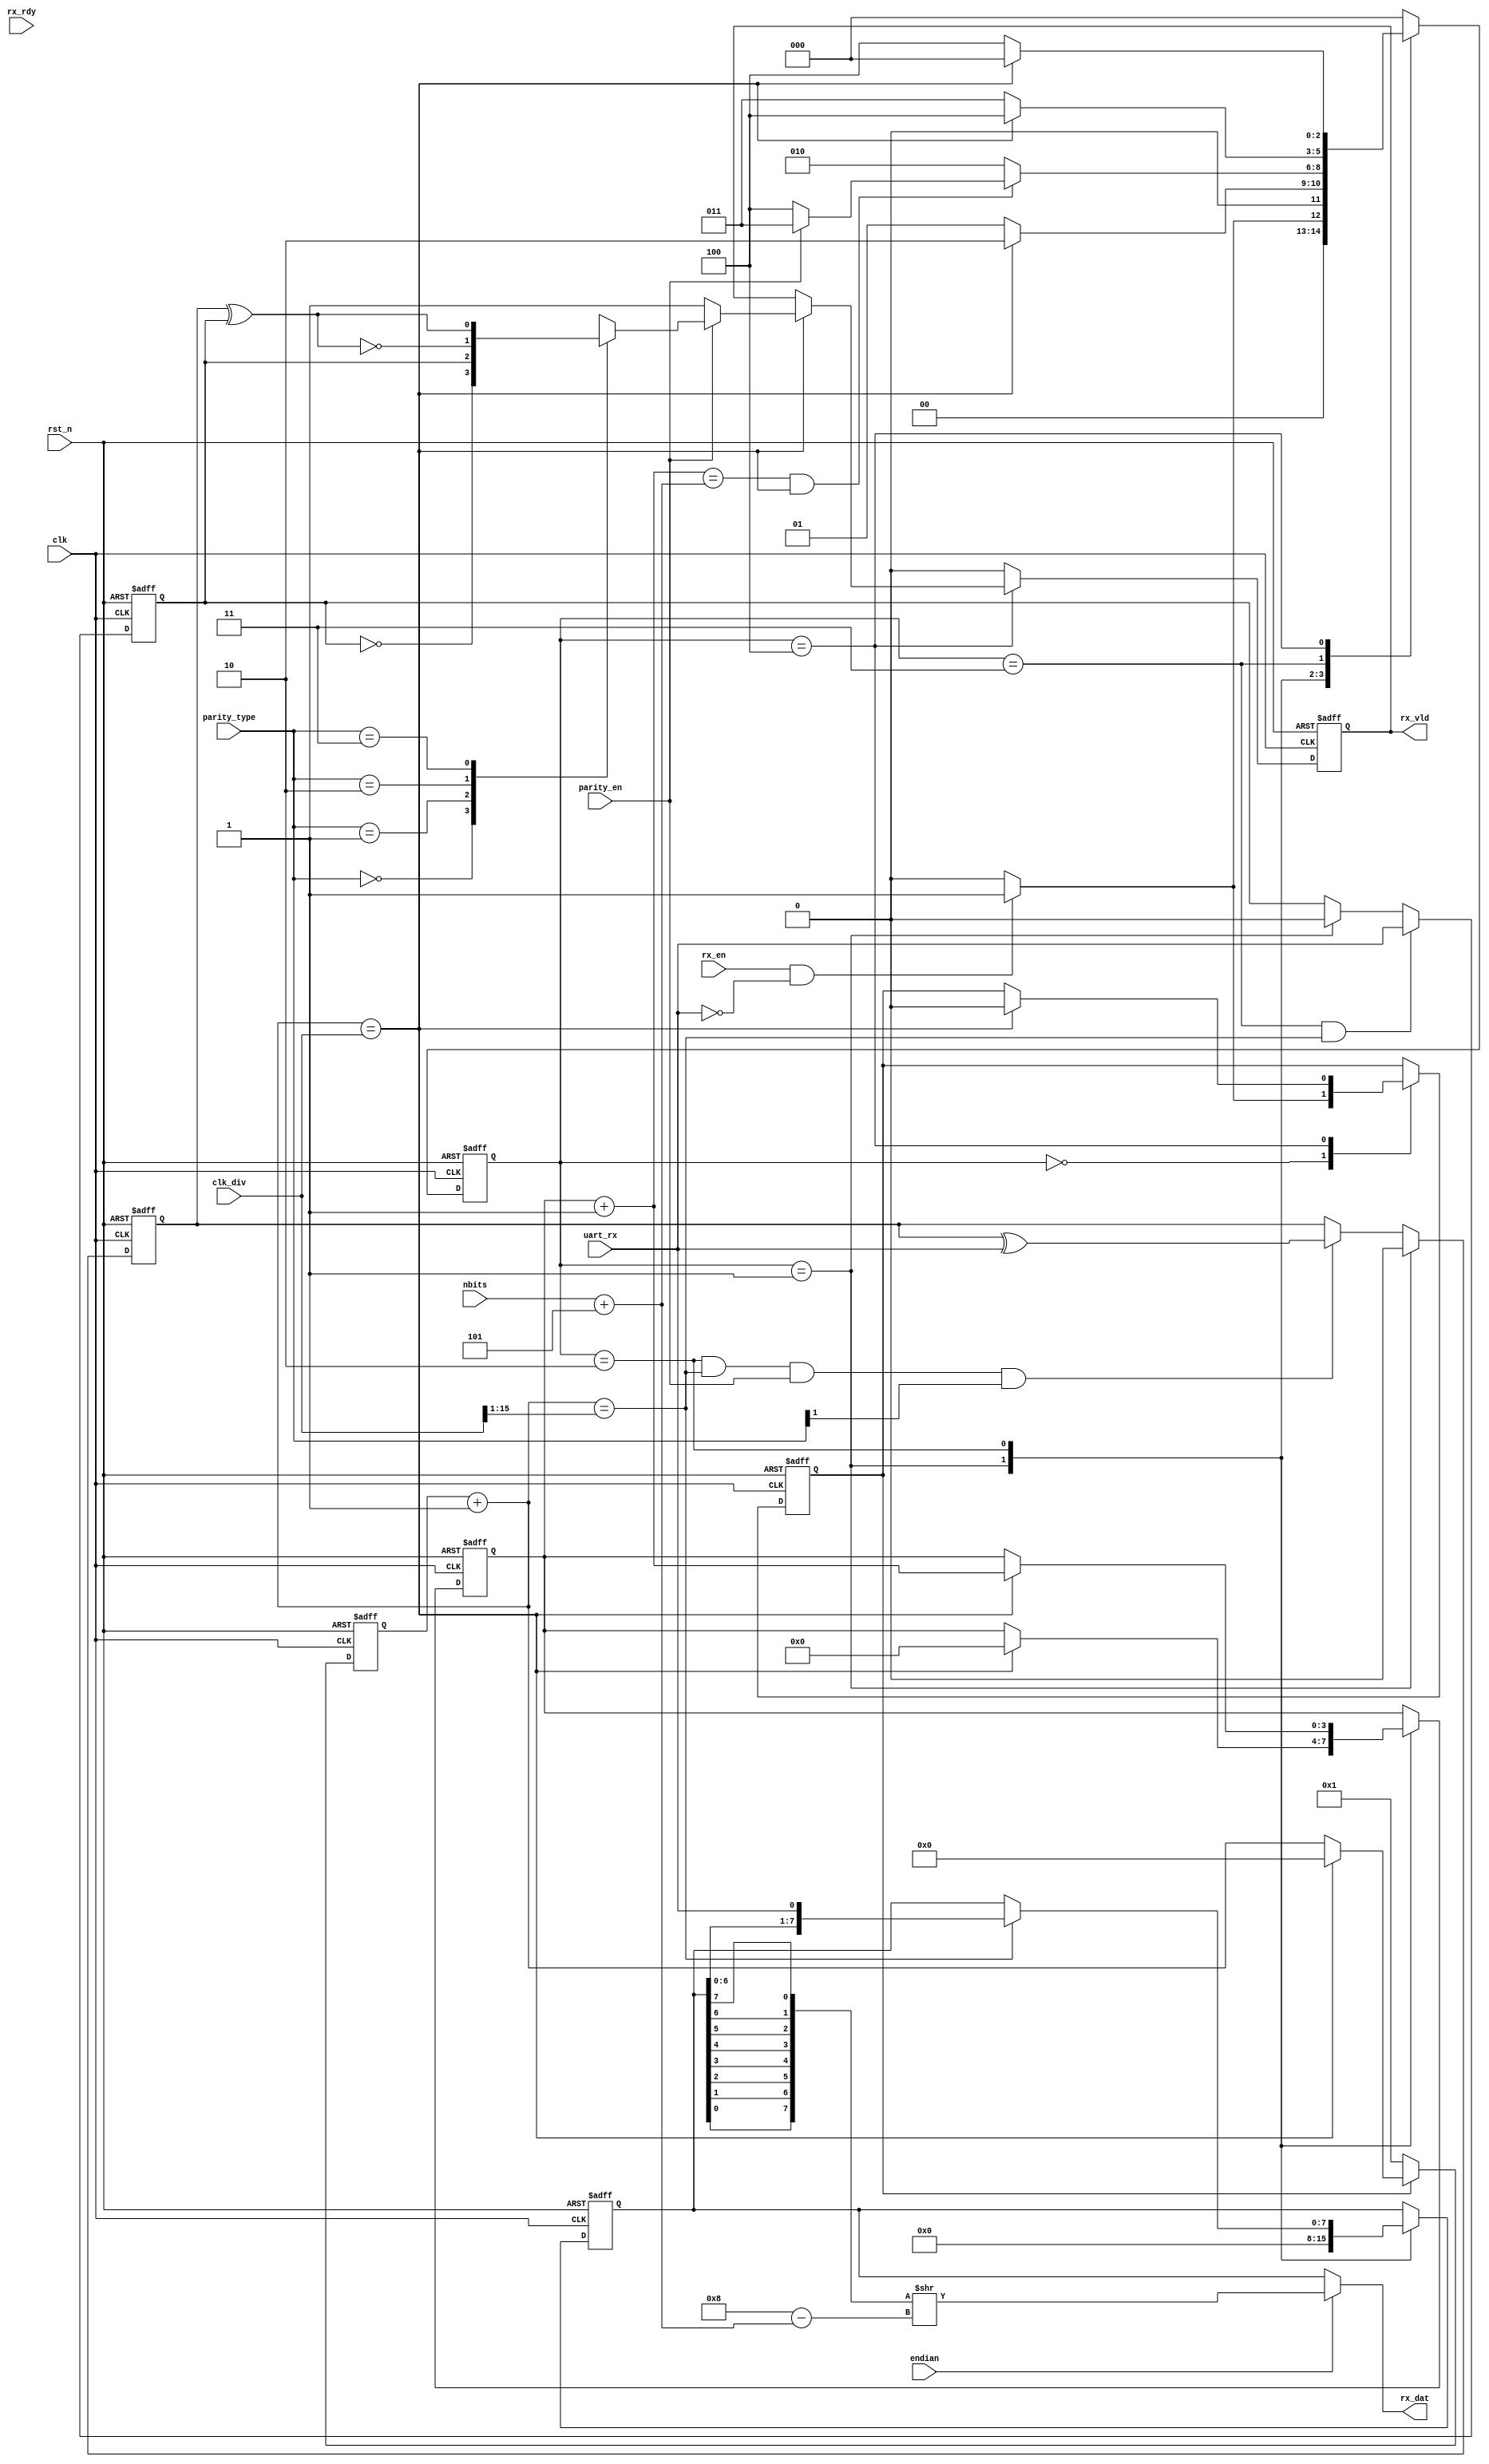
//************************************************************
// See LICENSE for license details.
//
// Module: uv_uart_rx
//
// Designer: Owen
//
// Description:
//      UART receiver.
//************************************************************

`timescale 1ns / 1ps

module uv_uart_rx
(
    input                           clk,
    input                           rst_n,

    // Serial receiving.
    input                           uart_rx,

    // Configs.
    input                           rx_en,
    input  [1:0]                    nbits,
    input                           endian,
    input  [15:0]                   clk_div,
    input                           parity_en,
    input  [1:0]                    parity_type,

    // Data.
    input                           rx_rdy,
    output                          rx_vld,
    output [7:0]                    rx_dat
);

    localparam UDLY = 1;
    localparam FSM_UART_RX_IDLE     = 3'h0;
    localparam FSM_UART_RX_START    = 3'h1;
    localparam FSM_UART_RX_DATA     = 3'h2;
    localparam FSM_UART_RX_PARITY   = 3'h3;
    localparam FSM_UART_RX_STOP     = 3'h4;
    
    genvar i;

    reg    [2:0]                    cur_state;
    reg    [2:0]                    nxt_state;

    reg                             rx_vld_r;
    reg    [7:0]                    rx_dat_r;
    reg                             parity_res_r;
    reg                             parity_bit_r;
    reg                             parity_pass;

    reg                             baud_en_r;
    reg    [15:0]                   clk_cnt_r;
    reg    [3:0]                    bit_cnt_r;

    wire   [15:0]                   clk_cnt_add;
    wire                            clk_cnt_end;
    wire                            clk_cnt_half;

    wire   [3:0]                    bit_cnt_add;
    wire                            bit_cnt_end;

    wire   [3:0]                    data_nbits;
    wire   [7:0]                    rx_dat_bit_rev;
    wire   [7:0]                    rx_dat_vld_rev;
    wire   [3:0]                    rx_dat_bit_sft;
    wire   [7:0]                    rx_dat_tran;

    assign clk_cnt_add              = clk_cnt_r + 1'b1;
    assign clk_cnt_end              = clk_cnt_add == clk_div;
    assign clk_cnt_half             = clk_cnt_add == {1'b0, clk_div[15:1]};

    assign bit_cnt_add              = bit_cnt_r + 1'b1;
    assign bit_cnt_end              = bit_cnt_add == data_nbits;

    assign data_nbits               = {2'b0, nbits} + 4'd5;

    assign rx_vld                   = rx_vld_r;
    assign rx_dat                   = rx_dat_tran;

    // Handle RX endian.
    generate
        for (i = 0; i < 8; i = i + 1) begin: gen_tx_dat_bit_rev
            assign rx_dat_bit_rev[i] = rx_dat_r[7-i];
        end
    endgenerate

    assign rx_dat_bit_sft           = 4'd8 - data_nbits;
    assign rx_dat_vld_rev           = rx_dat_bit_rev >> rx_dat_bit_sft;
    assign rx_dat_tran              = endian ? rx_dat_vld_rev : rx_dat_r;

    // FSM.
    always @(posedge clk or negedge rst_n) begin
        if (~rst_n) begin
            cur_state <= FSM_UART_RX_IDLE;
        end
        else begin
            cur_state <= #UDLY nxt_state;
        end
    end

    always @(*) begin
        case (cur_state)
            FSM_UART_RX_IDLE  : begin
                if (rx_en & (~uart_rx)) begin
                    nxt_state = FSM_UART_RX_START;
                end
                else begin
                    nxt_state = FSM_UART_RX_IDLE;
                end
            end
            FSM_UART_RX_START : begin
                if (clk_cnt_end) begin
                    nxt_state = FSM_UART_RX_DATA;
                end
                else begin
                    nxt_state = FSM_UART_RX_START;
                end
            end
            FSM_UART_RX_DATA  : begin
                if (bit_cnt_end & clk_cnt_end) begin
                    nxt_state = parity_en ? FSM_UART_RX_PARITY : FSM_UART_RX_STOP;
                end
                else begin
                    nxt_state = FSM_UART_RX_DATA;
                end
            end
            FSM_UART_RX_PARITY: begin
                if (clk_cnt_end) begin
                    nxt_state = FSM_UART_RX_STOP;
                end
                else begin
                    nxt_state = FSM_UART_RX_PARITY;
                end
            end
            FSM_UART_RX_STOP  : begin
                if (clk_cnt_end) begin
                    nxt_state = FSM_UART_RX_IDLE;
                end
                else begin
                    nxt_state = FSM_UART_RX_STOP;
                end
            end
            default: begin
                nxt_state = FSM_UART_RX_IDLE;
            end
        endcase
    end

    // Enable baud gen.
    always @(posedge clk or negedge rst_n) begin
        if (~rst_n) begin
            baud_en_r <= 1'b0;
        end
        else begin
            case (cur_state)
                FSM_UART_RX_IDLE  : begin
                    if (rx_en & (~uart_rx)) begin
                        baud_en_r <= #UDLY 1'b1;
                    end
                    else begin
                        baud_en_r <= #UDLY 1'b0;
                    end
                end
                FSM_UART_RX_STOP  : begin
                    if (clk_cnt_end) begin
                        baud_en_r <= #UDLY 1'b0;
                    end
                end
            endcase
        end
    end

    // Baud generation.
    always @(posedge clk or negedge rst_n) begin
        if (~rst_n) begin
            clk_cnt_r <= 16'd1;
        end
        else begin
            if (baud_en_r) begin
                if (clk_cnt_end) begin
                    clk_cnt_r <= #UDLY 16'd0;
                end
                else begin
                    clk_cnt_r <= #UDLY clk_cnt_add;
                end
            end
            else begin
                clk_cnt_r <= #UDLY 16'd1;
            end
        end
    end

    // Update data bit counter.
    always @(posedge clk or negedge rst_n) begin
        if (~rst_n) begin
            bit_cnt_r <= 4'd0;
        end
        else begin
            case (cur_state)
                FSM_UART_RX_START: begin
                    if (clk_cnt_end) begin
                        bit_cnt_r <= #UDLY 4'd0;
                    end
                end
                FSM_UART_RX_DATA: begin
                    if (clk_cnt_end) begin
                        bit_cnt_r <= #UDLY bit_cnt_add;
                    end
                end
            endcase
        end
    end

    // Shift received data.
    always @(posedge clk or negedge rst_n) begin
        if (~rst_n) begin
            rx_dat_r <= 8'b0;
        end
        else begin
            case (cur_state)
                FSM_UART_RX_START: begin
                    rx_dat_r <= #UDLY 8'b0;
                end
                FSM_UART_RX_DATA: begin
                    if (clk_cnt_half) begin
                        rx_dat_r <= #UDLY {rx_dat_r[6:0], uart_rx};
                    end
                end
            endcase
        end
    end

    // Write received data.
    always @(posedge clk or negedge rst_n) begin
        if (~rst_n) begin
            rx_vld_r <= 1'b0;
        end
        else begin
            case (cur_state)
                FSM_UART_RX_IDLE: begin
                    rx_vld_r <= #UDLY 1'b0;
                end
                FSM_UART_RX_STOP: begin
                    if (clk_cnt_end) begin
                        rx_vld_r <= #UDLY parity_en ? parity_pass : 1'b1;
                    end
                end
                default: begin
                    rx_vld_r <= #UDLY 1'b0;
                end
            endcase
        end
    end

    // Calculate parity bit.
    always @(posedge clk or negedge rst_n) begin
        if (~rst_n) begin
            parity_res_r <= 1'b0;
        end
        else begin
            if (cur_state == FSM_UART_RX_START) begin
                parity_res_r <= #UDLY 1'b0;
            end
            else if ((cur_state == FSM_UART_RX_DATA) && clk_cnt_half && parity_en && parity_type[1]) begin
                parity_res_r <= #UDLY parity_res_r ^ uart_rx;
            end
        end
    end

    // Receive parity bit.
    always @(posedge clk or negedge rst_n) begin
        if (~rst_n) begin
            parity_bit_r <= 1'b0;
        end
        else begin
            if (cur_state == FSM_UART_RX_START) begin
                parity_bit_r <= #UDLY 1'b0;
            end
            if ((cur_state == FSM_UART_RX_PARITY) && clk_cnt_half) begin
                parity_bit_r <= #UDLY uart_rx;
            end
        end
    end

    always @(*) begin
        case (parity_type)
            2'b00: parity_pass = ~parity_bit_r;                     // SPACE
            2'b01: parity_pass = parity_bit_r;                      // MARK
            2'b10: parity_pass = ~(parity_res_r ^ parity_bit_r);    // ODD
            2'b11: parity_pass = parity_res_r ^ parity_bit_r;       // EVEN
        endcase
    end

endmodule